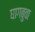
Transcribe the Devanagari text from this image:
घागबुवा